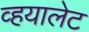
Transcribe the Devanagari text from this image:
व्हयालेट